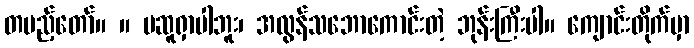
တပည့်တော်။ ။ မဆူရှာပါဘူး၊ အလွန်သဘောကောင်းတဲ့ ဘုန်းကြီးပါ။ ကျောင်းတိုက်မှာ